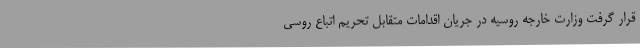
قرار گرفت وزارت خارجه روسیه در جریان اقدامات متقابل تحریم اتباع روسی